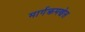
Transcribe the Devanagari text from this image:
मार्गक्रमणेस